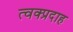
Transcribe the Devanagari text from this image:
त्वक्प्रदाह